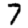
Digit: 7